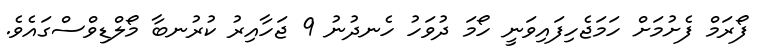
ފޯރަމް ފެށުމަށް ހަމަޖެހިފައިވަނީ ހޯމަ ދުވަހު ހެނދުނު 9 ޖަހާއިރު ކުރުނބާ މޯލްޑިވްސްގައެވެ.